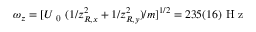
\omega _ { z } = [ U _ { \mathrm { ~ 0 ~ } } ( 1 / z _ { R , x } ^ { 2 } + 1 / z _ { R , y } ^ { 2 } ) / m ] ^ { 1 / 2 } = 2 3 5 ( 1 6 ) \mathrm { ~ H ~ z ~ }